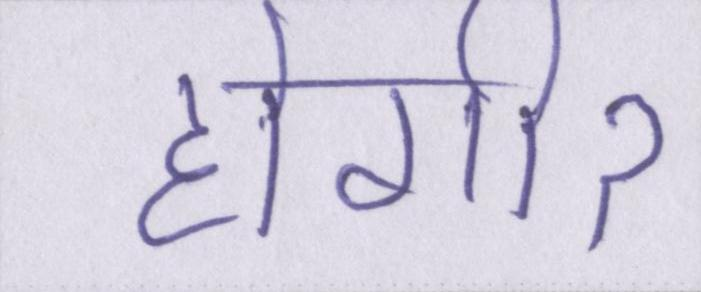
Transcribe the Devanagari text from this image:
होगीॽ